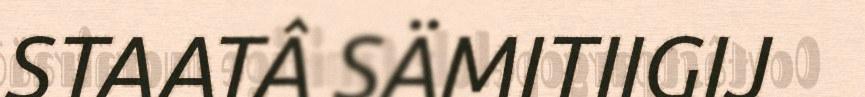
STAATÂ SÄMITIIGIJ